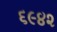
૬૯૪૨